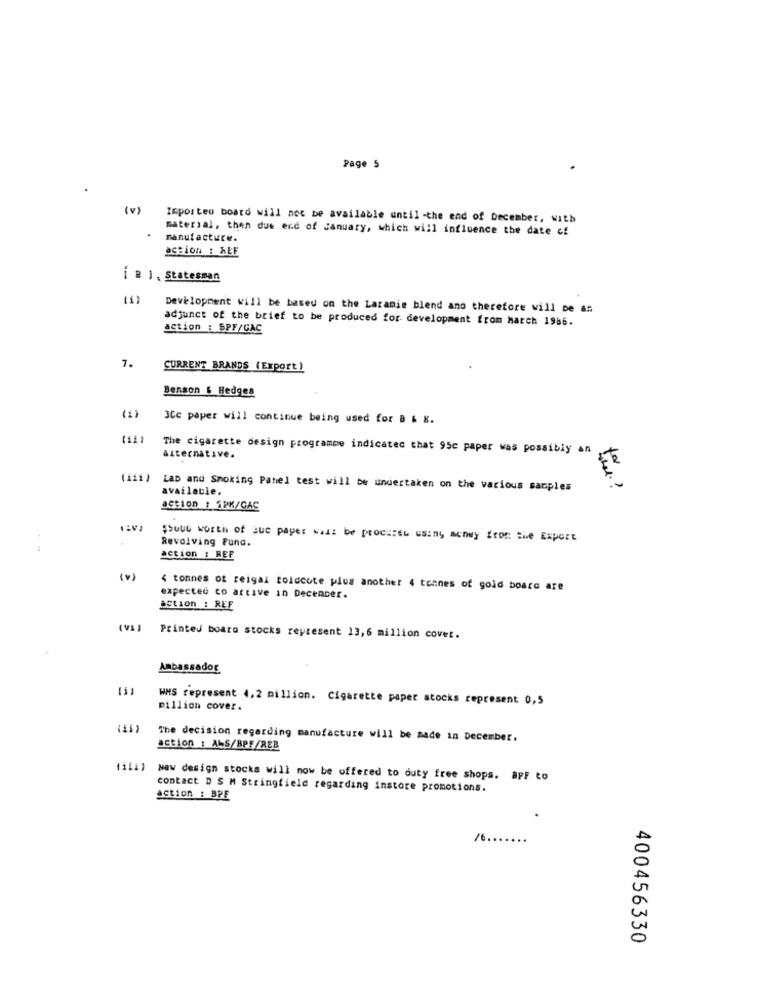
Page 5
( v)
Importeo board will not be available until -the end of December, with
material, then dut end of January, which will influence the date of
manufacture.
action : ABF
[ B ] , Statesman
Development will be based on the Laramie blend and therefore will be as
adjunct of the brief to be produced for development from March 1986.
action : SPF/CAC
7.
CURRENT BRANDS (Export)
Benson & Hedges
3Cc paper will continue being used for B & K.
The cigarette design programpe indicated that 95c paper was possibly an
alternative.
(11)
Lab and Smoking Panel test will be undertaken on the various samples
available.
action : SPK/CAC
$sout worth of sue paper wali be procurer using monwy from the Export
Revolving Fund.
action : REF
( v)
< tonnes of reigal toldcote plus another 4 tonnes of gold board are
expected co active in December.
action : REF
(VA) Printed boaro stocks represent 13,6 million cover.
Ambassador
HMS represent 4,2 million. Cigarette paper stocks represent 0,5
million cover.
The decision regarding manufacture will be made in December.
action : ALS/BPF/REB
New design stocks will now be offered to duty free shops. apF to
contact D S M Stringfield regarding instore promotions.
action : BPE
/6.
400456330